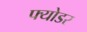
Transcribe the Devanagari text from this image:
फ्योडर